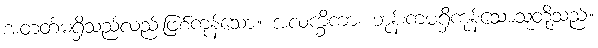
အတတ်မရှိသည်လည်းဖြစ်ကုန်သော။ အလက္ခိကာ၊ ဘုန်းကံမရှိကုန်သောသူတို့သည်။